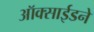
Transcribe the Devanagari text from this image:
ऑक्साईडने